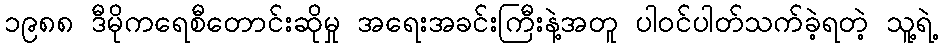
၁၉၈၈ ဒီမိုကရေစီတောင်းဆိုမှု အရေးအခင်းကြီးနဲ့အတူ ပါဝင်ပါတ်သက်ခဲ့ရတဲ့ သူ့ရဲ့